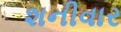
શનીવાર